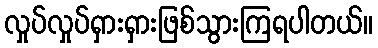
လှုပ်လှုပ်ရှားရှားဖြစ်သွားကြရပါတယ်။